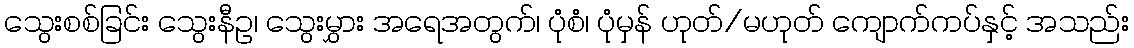
သွေးစစ်ခြင်း သွေးနီဥ၊ သွေးမွှား အရေအတွက်၊ ပုံစံ၊ ပုံမှန် ဟုတ်/မဟုတ် ကျောက်ကပ်နှင့် အသည်း